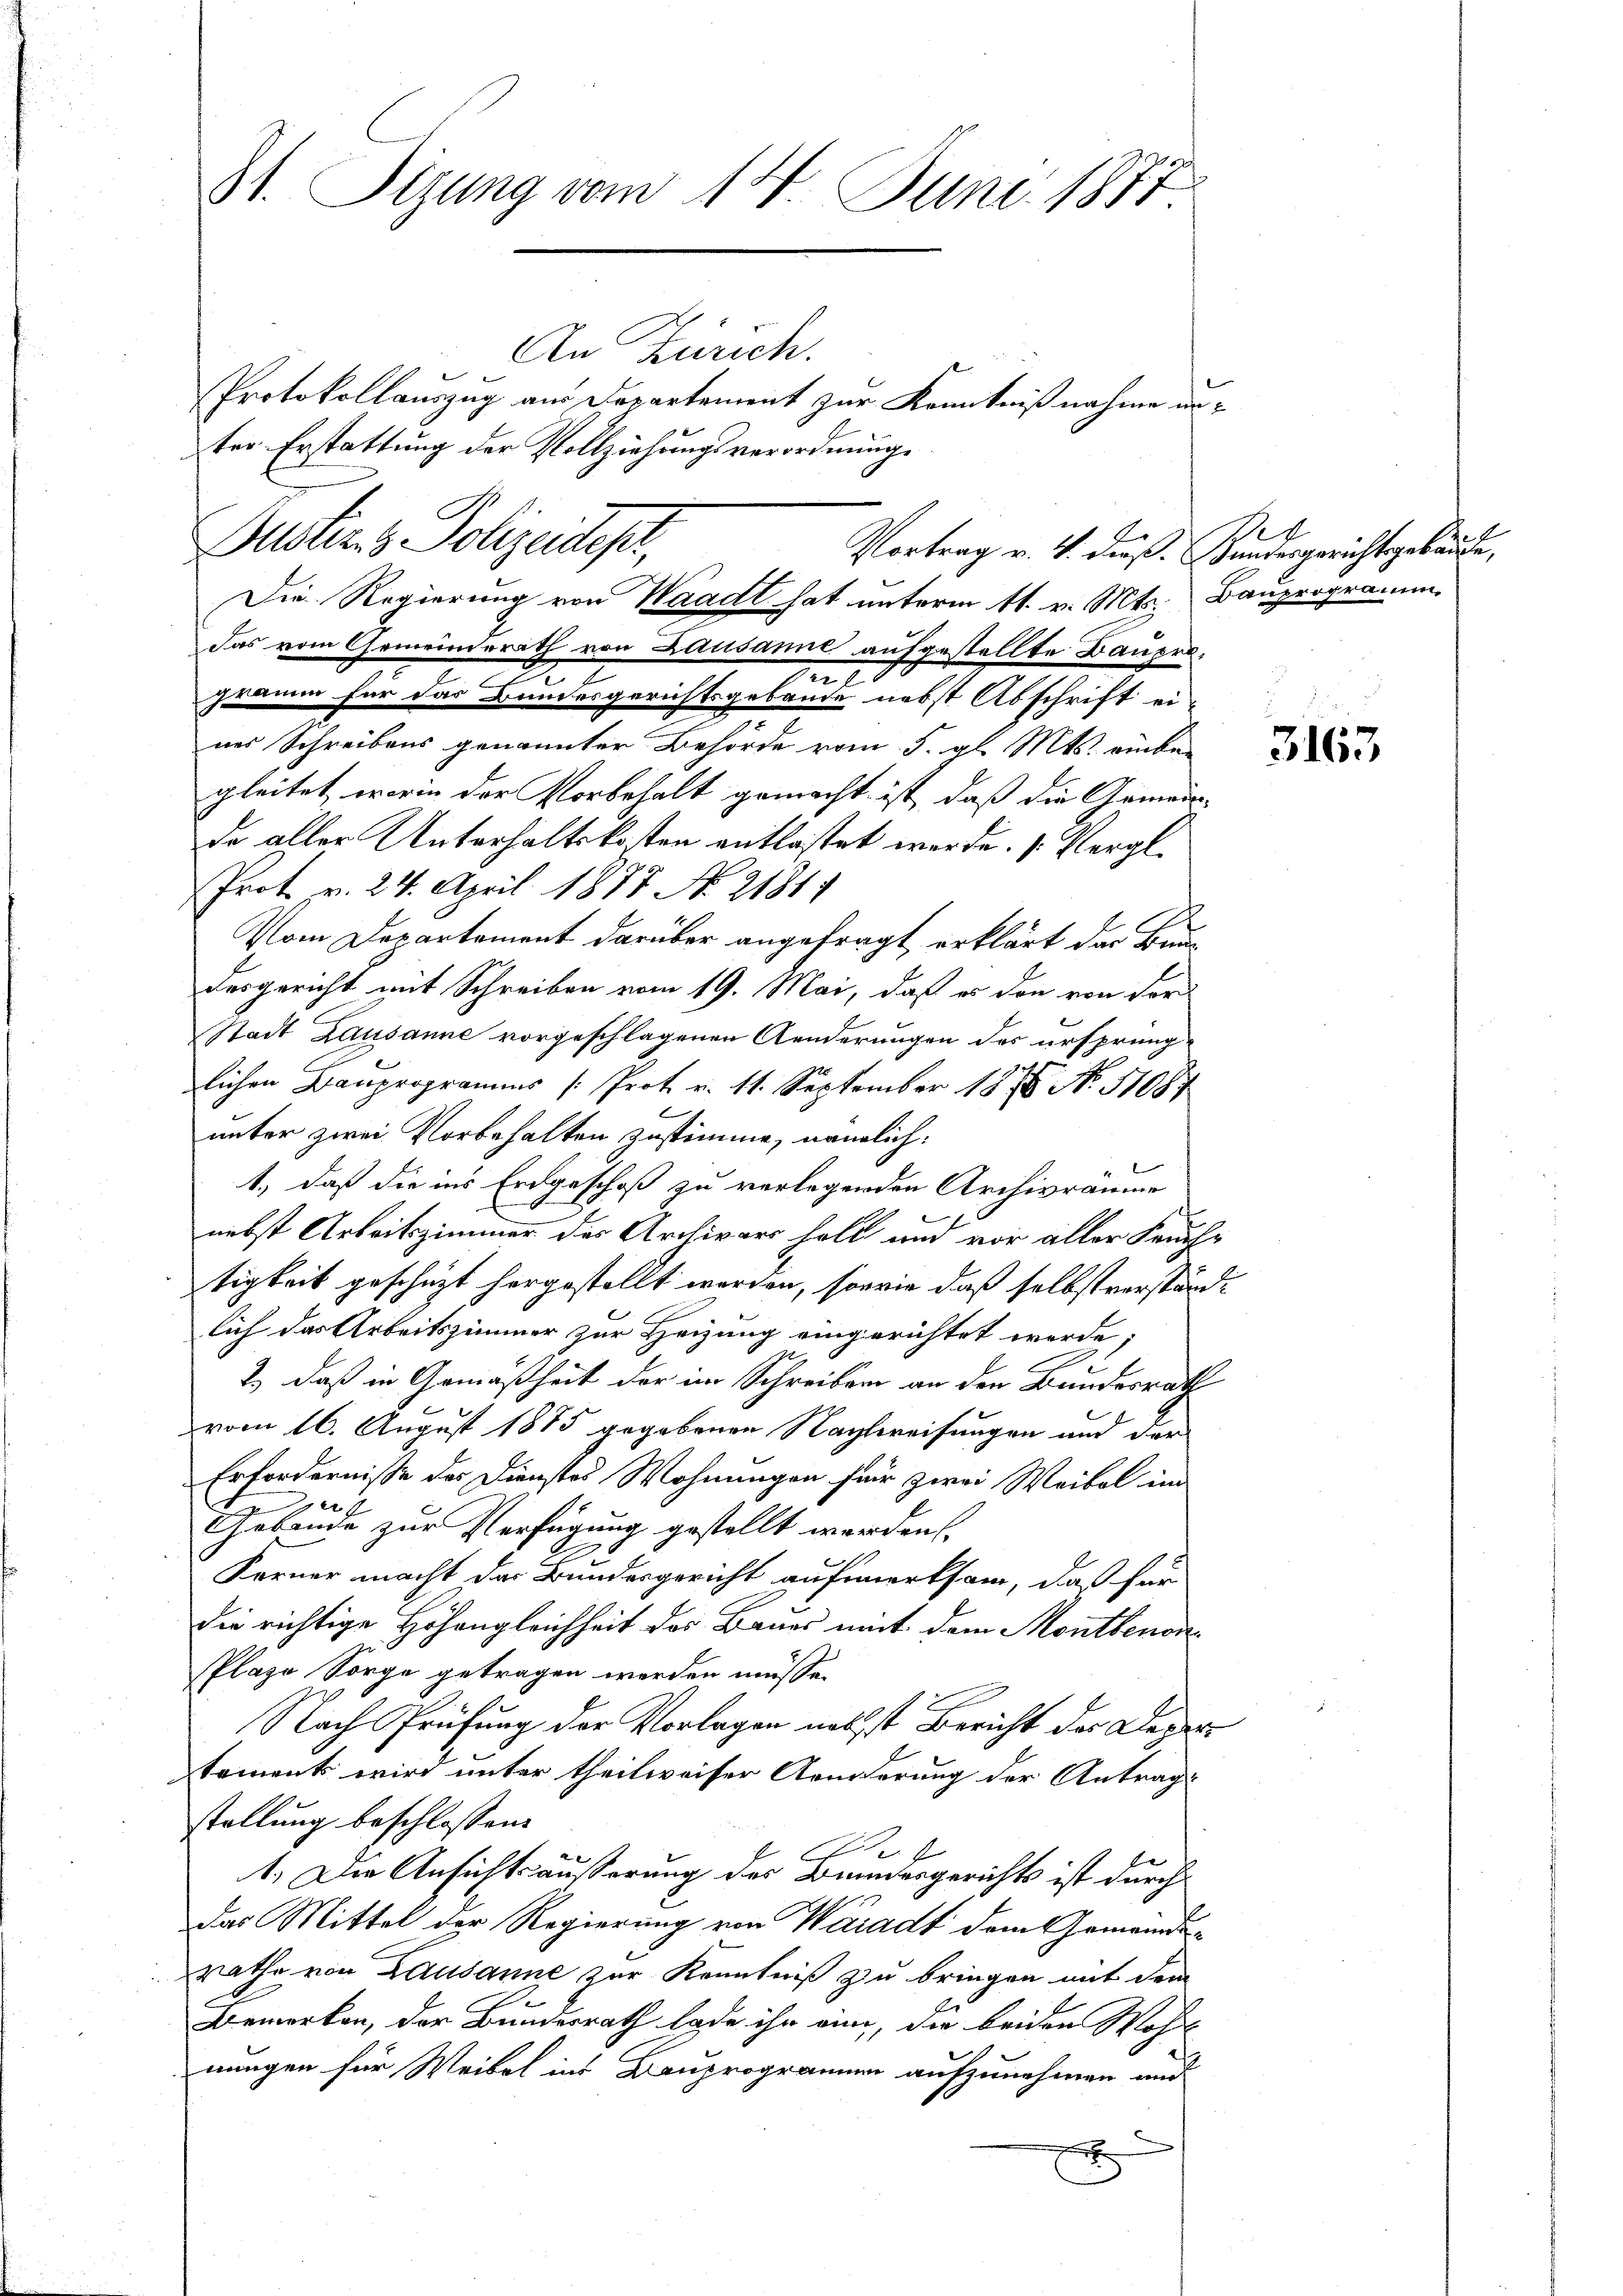
St. Sizung vom 14. Juni 1877

Das vom Gemeinderath von Lausanne aufgestellte Baupron
gramm für das Bundesgerichtsgebäude nebst Abschrift ei-
nes Schreibens genannter Behörde vom 5. gl. Mts. einber
gleitet worin der Vorbehalt gemacht ist, daß die Gemein-
da aller Unterhaltskosten entlastet werde. (Vergl.
Prot. v. 24. April 1877 No. 21814
Vom Departement darüber angefragt, erklärt der Bundesgericht mit Schreiben vom 19. Mai, daß es den von Vor
Stadt Lausanne vorgeschlagenen Aenderungen des ursprünglichen Bauprogramms /: Prot. v. 11. September 1876. No. 11087
B
unter zwei Vorbehalten zustimme, nämlich:
1., daß die ins Erdgeschoß zu verlegenden Archivräume
nebst Arbeitszimmer der Archivars halt und vor aller Feuch-
tigkeit geschüzt hergestellt worden, sowie daß selbstverständlich das Arbeitszimmer zur Heizung eingerichtet werde;
A
2.) daß in Gemäßheit der im Schreiben an den Bundesrath
vom 16. August 1875 gegebenen Nachtweisungen und der
Erfordernisse des Dienstes Wohnungen für zwei Weibel im
4
Gebäude zur Verfügung gestellt werden
Ferner macht das Bundesgericht aufmerksam, daß für
die richtige Höhengleichheit des Baues mit dem Montbenon¬
Plaze Sorge getragen werden müsse.
Nach Prüfung der Vorlagen nechst Bericht der Departement wird unter theilweiser Aenderung der Antrag
stellung beschlossen:
s
1. Die Ansichtsäußerung des Bundesgerichts ist durch
Das Mittel der Regierung von Waadt dem Gemeinderathe von Lausanne zur Kenntniß zu bringen mit dem
Bemerken, der Bundesrath lade ihr ein, die beiden Wohns
nungen für Weibel ins Bauprogrammen aufzunehmen und
e

ter Erstattung der Vollziehungsverordnungs
Justiz- & Polizeidest,
Vortrag v. 4. dieß. Sandesgerichtsgebäude,
Die Regierung von Waadt hat unterm 11. v. Mts. Bauprogramm

An Zürich.
Protokollauszug aus Departement zur Kenntnißnahme un¬

e

3163